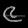
Digit: ၉